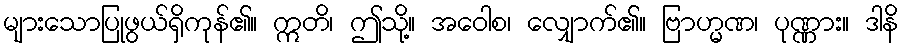
များသောပြုဖွယ်ရှိကုန်၏။ ဣတိ၊ ဤသို့။ အဝေါစ၊ လျှောက်၏။ ဗြာဟ္မဏ၊ ပုဏ္ဏား။ ဒါနိ